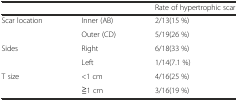
<table><thead><tr><td></td><td></td><td><b>Rate of hypertrophic scar</b></td></tr></thead><tbody><tr><td>Scar location</td><td>Inner (AB)</td><td>2/13(15 %)</td></tr><tr><td></td><td>Outer (CD)</td><td>5/19(26 %)</td></tr><tr><td>Sides</td><td>Right</td><td>6/18(33 %)</td></tr><tr><td></td><td>Left</td><td>1/14(7.1 %)</td></tr><tr><td>T size</td><td>&lt;1 cm</td><td>4/16(25 %)</td></tr><tr><td></td><td>≧1 cm</td><td>3/16(19 %)</td></tr></tbody></table>